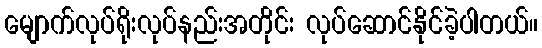
မျောက်လုပ်ရိုးလုပ်နည်းအတိုင်း လုပ်ဆောင်နိုင်ခဲ့ပါတယ်။